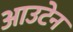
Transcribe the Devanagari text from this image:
आउटेन